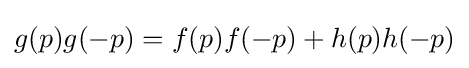
g(p)g(-p)=f(p)f(-p)+h(p)h(-p)